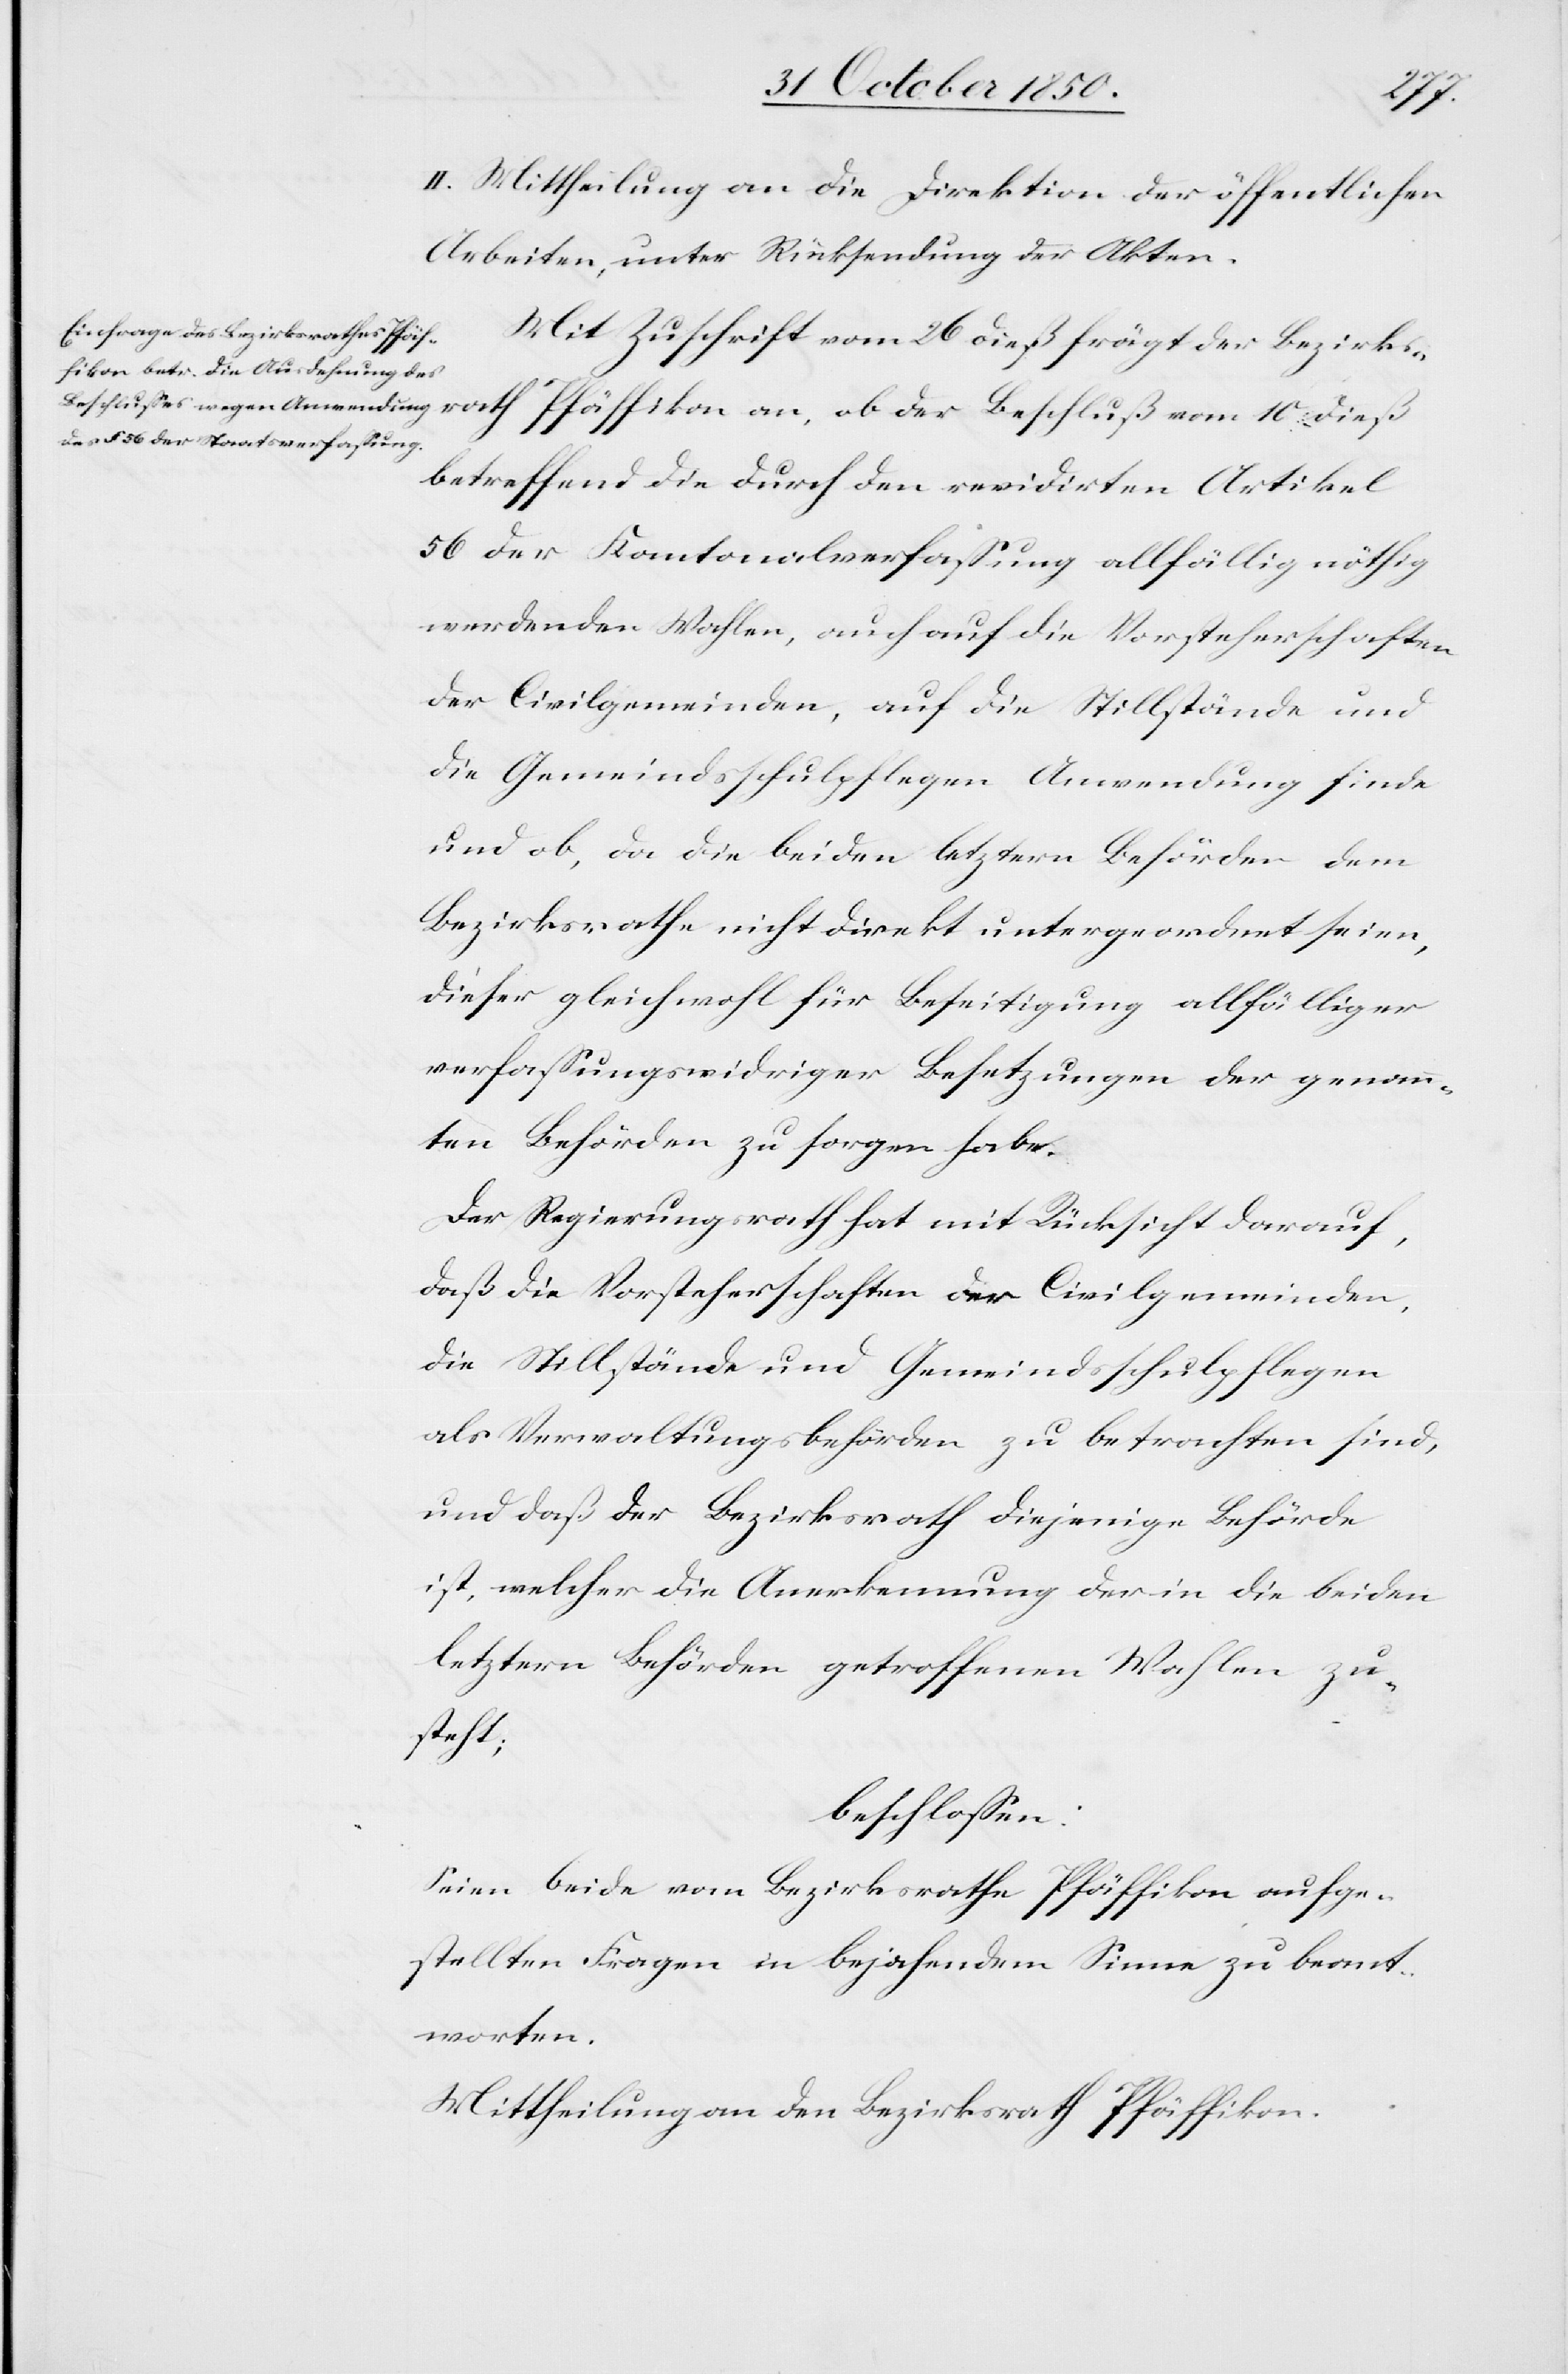
10
II. Mittheilung an die Direktion der öffentlichen
Arbeiten, unter Rücksendung der Akten.
Mit Zuschrift vom 26 dieß frägt der Bezirksr¬
betreffend die durch den revidirten Artikel
56 der Kantonalverfassung allfällig nöthig
werdenden Wahlen, auch auf die Vorsteherschaften
der Civilgemeinden, auf die Stillstände und
die Gemeindsschulpflegen Anwendung finde
und ob, da die beiden letztern Behörden dem
Bezirksrathe nicht direkt untergeordnet seien,
dieser gleichwohl für Beseitigung allfälliger
verfassungswidriger Besetzungen der genann¬
ten Behörden zu sorgen habe.
Der Regierungsrath hat mit Rücksicht darauf,
daß die Vorsteherschaften der Civilgemeinden,
die Stillstände und Gemeindsschulpflegen
als Verwaltungsbehörden zu betrachten sind,
und daß der Bezirksrath diejenige Behörde
ist, welcher die Anerkennung der in die beiden
letztern Behörden getroffenen Wahlen zu¬
steht;
beschlossen:
Seien beide vom Bezirksrathe Pfäffikon aufge¬
der
stellten fragen in bejahendem Sinne zu beant¬
worten.
Mittheilung an den Bezirksrath Pfäffikon.